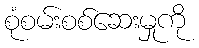
စုံစမ်းစစ်ဆေးမှုကို